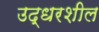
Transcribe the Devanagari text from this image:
उद्धरशील